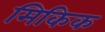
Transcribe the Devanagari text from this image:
मिकिक